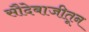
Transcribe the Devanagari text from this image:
सौदेबाजीतून